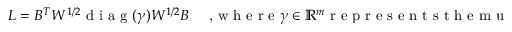
\begin{array} { r } { L = B ^ { T } W ^ { 1 / 2 } \textrm { d i a g } ( \gamma ) W ^ { 1 / 2 } B \quad \textrm { , w h e r e } \gamma \in \mathbb { R } ^ { m } \textrm { r e p r e s e n t s t h e m u l t i p l i e r s o f t h e w e i g h t s } , } \end{array}